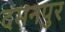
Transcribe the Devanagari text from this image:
दमनपुर